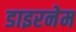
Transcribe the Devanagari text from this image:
डाइरनेम